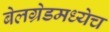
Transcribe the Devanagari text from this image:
बेलग्रेडमध्येच